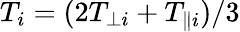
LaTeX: T_{i}=(2T_{\perp i}+T_{\parallel i})/3